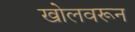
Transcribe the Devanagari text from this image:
खोलवरून